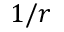
1 / r